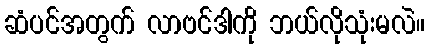
ဆံပင်အတွက် လာဗင်ဒါကို ဘယ်လိုသုံးမလဲ။